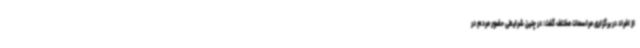
از افراد در برگزاری مراسمات مختلف گفت: در چنین شرایطی حضور مردم در